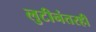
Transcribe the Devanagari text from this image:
लुटीनंतरही